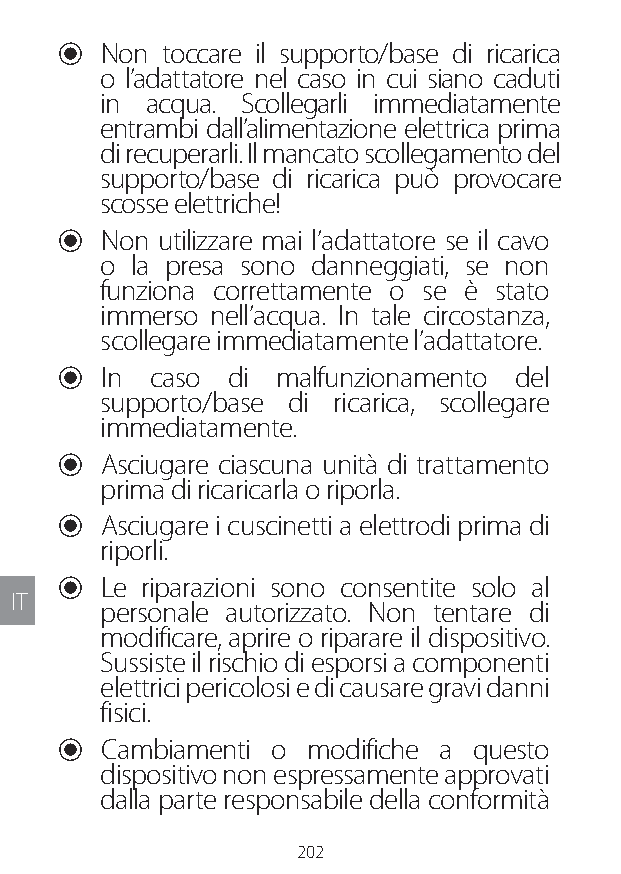
U Non toccare il supporto/base di ricarica
 o l’adattatore nel caso in cui siano caduti
 in acqua. Scollegarli immediatamente
 entrambi dall’alimentazione elettrica prima
 di recuperarli. Il mancato scollegamento del
 supporto/base di ricarica può provocare
 scosse elettriche!
 U Non utilizzare mai l’adattatore se il cavo
 o la presa sono danneggiati, se non
 funziona correttamente o se è stato
 immerso nell’acqua. In tale circostanza,
 scollegare immediatamente l’adattatore.
 U In  caso di malfunzionamento del
 supporto/base di ricarica, scollegare
 immediatamente.
 U Asciugare ciascuna unità di trattamento
 prima di ricaricarla o riporla.
 U Asciugare i cuscinetti a elettrodi prima di
 riporli.
 U Le riparazioni sono consentite solo al
 IT
 personale autorizzato. Non tentare di
 modificare, aprire o riparare il dispositivo.
 Sussiste il rischio di esporsi a componenti
 elettrici pericolosi e di causare gravi danni
 fisici.
 U Cambiamenti o modifiche a questo
 dispositivo non espressamente approvati
 dalla parte responsabile della conformità
 202
 Lipo UM EU124 3545B inside ALL EU124 ED296-24 release.indd 202 14/08/2018 10:57:45